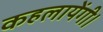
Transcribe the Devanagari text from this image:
कहलायेंगी।